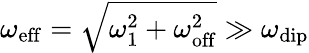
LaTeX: \omega_{\mathrm{eff}}=\sqrt{\omega_{1}^{2}+\omega_{\mathrm{off}}^{2}}\gg\omega_{\mathrm{dip}}